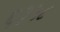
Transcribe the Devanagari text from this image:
६३५८